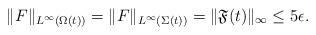
LaTeX: \begin{align*} \|F\|_{L^{\infty}(\Omega(t))}= \|F\|_{L^{\infty}(\Sigma(t))}=\|\mathfrak{F}(t)\|_{\infty}\leq 5\epsilon.\end{align*}